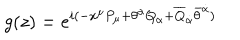
LaTeX: g ( z ) = e ^ { i ( - x ^ { \mu } P _ { \mu } + \theta ^ { \alpha } Q _ { \alpha } + \overline { { { Q } } } _ { \dot { \alpha } } \bar { \theta } ^ { \dot { \alpha } } ) }